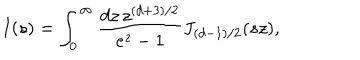
I ( s ) = \int _ { 0 } ^ { \infty } { \frac { d z \, z ^ { ( d + 3 ) / 2 } } { e ^ { z } - 1 } } J _ { ( d - 1 ) / 2 } ( s z ) ,